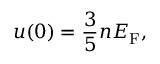
u ( 0 ) = { \frac { 3 } { 5 } } n E _ { \mathrm { { F } } } ,